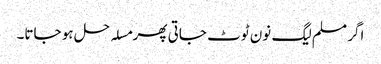
اگر مسلم لیگ نون ٹوٹ جاتی پھر مسلہ حل ہو جاتا۔